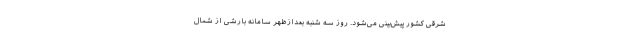
شرقی کشور پیش‌بینی می‌شود. روز سه شنبه بعدازظهر سامانه بارشی از شمال